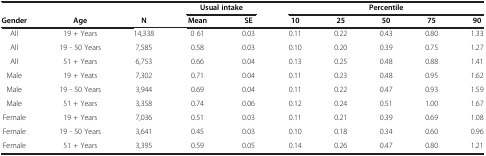
<table><thead><tr><td colspan="3"><b> </b></td><td colspan="2"><b>Usual intake</b></td><td colspan="5"><b>Percentile</b></td></tr><tr><td><b>Gender</b></td><td><b>Age</b></td><td><b>N</b></td><td><b>Mean</b></td><td><b>SE</b></td><td><b>10</b></td><td><b>25</b></td><td><b>50</b></td><td><b>75</b></td><td><b>90</b></td></tr></thead><tbody><tr><td>All</td><td>19 + Years</td><td>14,338</td><td>0 61</td><td>0.03</td><td>0.11</td><td>0.22</td><td>0.43</td><td>0.80</td><td>1.33</td></tr><tr><td>All</td><td>19 - 50 Years</td><td>7,585</td><td>0.58</td><td>0.03</td><td>0.10</td><td>0.20</td><td>0.39</td><td>0.75</td><td>1.27</td></tr><tr><td>All</td><td>51 + Years</td><td>6,753</td><td>0.66</td><td>0.04</td><td>0.13</td><td>0.25</td><td>0.48</td><td>0.88</td><td>1.41</td></tr><tr><td>Male</td><td>19 + Yeats</td><td>7,302</td><td>0.71</td><td>0.04</td><td>0.11</td><td>0.23</td><td>0.48</td><td>0.95</td><td>1.62</td></tr><tr><td>Male</td><td>19 - 50 Years</td><td>3,944</td><td>0.69</td><td>0.04</td><td>0.11</td><td>0.22</td><td>0.47</td><td>0.93</td><td>1.59</td></tr><tr><td>Male</td><td>51 + Years</td><td>3,358</td><td>0.74</td><td>0.06</td><td>0.12</td><td>0.24</td><td>0.51</td><td>1.00</td><td>1.67</td></tr><tr><td>Female</td><td>19 + Years</td><td>7,036</td><td>0.51</td><td>0.03</td><td>0.11</td><td>0.21</td><td>0.39</td><td>0.69</td><td>1.08</td></tr><tr><td>Female</td><td>19 - 50 Years</td><td>3,641</td><td>0.45</td><td>0.03</td><td>0.10</td><td>0.18</td><td>0.34</td><td>0.60</td><td>0.96</td></tr><tr><td>Female</td><td>51 + Years</td><td>3,395</td><td>0.59</td><td>0.05</td><td>0.14</td><td>0.26</td><td>0.47</td><td>0.80</td><td>1.21</td></tr></tbody></table>